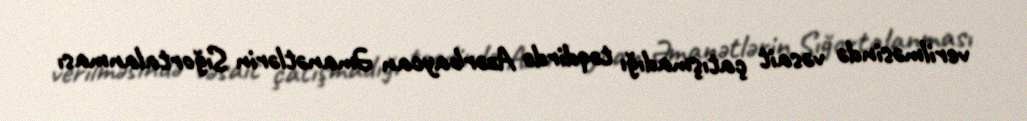
verilməsində vəsait çatışmadığı təqdirdə Azərbaycan Əmanətlərin Sığortalanması